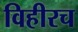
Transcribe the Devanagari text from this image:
विहीरच